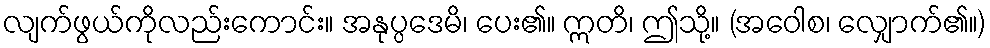
လျက်ဖွယ်ကိုလည်းကောင်း။ အနုပ္ပဒေမိ၊ ပေး၏။ ဣတိ၊ ဤသို့။ (အဝေါစ၊ လျှောက်၏။)